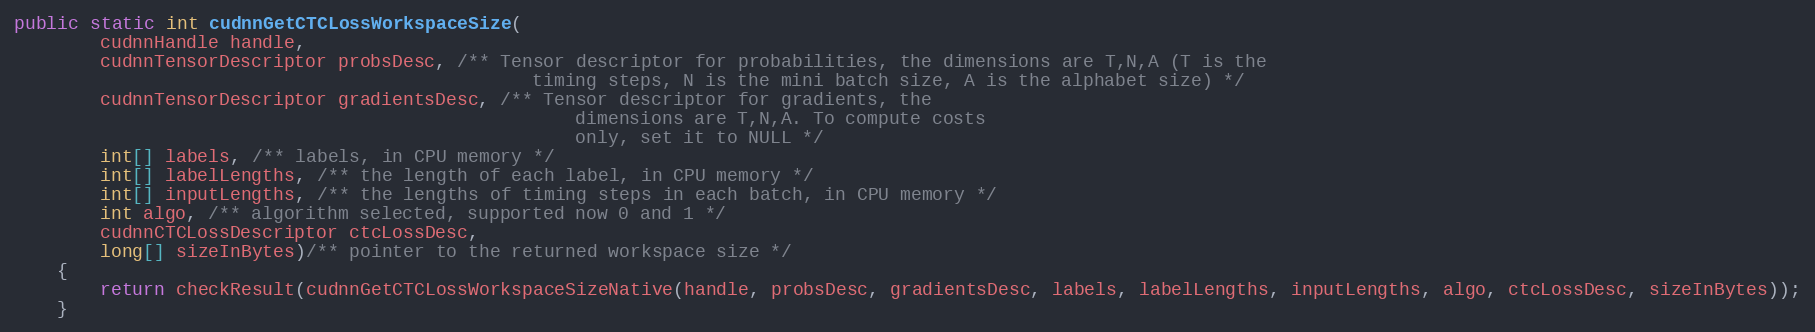
Language: Java
public static int cudnnGetCTCLossWorkspaceSize(
        cudnnHandle handle,
        cudnnTensorDescriptor probsDesc, /** Tensor descriptor for probabilities, the dimensions are T,N,A (T is the
                                                timing steps, N is the mini batch size, A is the alphabet size) */
        cudnnTensorDescriptor gradientsDesc, /** Tensor descriptor for gradients, the
                                                    dimensions are T,N,A. To compute costs
                                                    only, set it to NULL */
        int[] labels, /** labels, in CPU memory */
        int[] labelLengths, /** the length of each label, in CPU memory */
        int[] inputLengths, /** the lengths of timing steps in each batch, in CPU memory */
        int algo, /** algorithm selected, supported now 0 and 1 */
        cudnnCTCLossDescriptor ctcLossDesc,
        long[] sizeInBytes)/** pointer to the returned workspace size */
    {
        return checkResult(cudnnGetCTCLossWorkspaceSizeNative(handle, probsDesc, gradientsDesc, labels, labelLengths, inputLengths, algo, ctcLossDesc, sizeInBytes));
    }